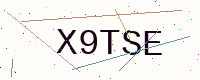
Text: X9TSE